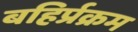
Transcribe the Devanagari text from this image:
बहिर्प्रक्रम